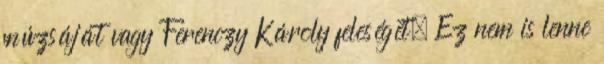
múzsáját vagy Ferenczy Károly feleségét. Ez nem is lenne